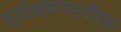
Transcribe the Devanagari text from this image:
प्रशिक्षणार्थीच्या